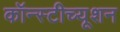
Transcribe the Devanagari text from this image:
कॉन्स्टीच्यूशन